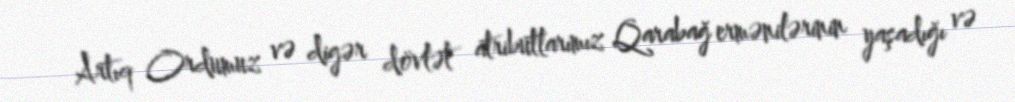
Artıq Ordumuz və digər dövlət atributlarımız Qarabağ ermənilərinin yaşadığı və